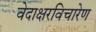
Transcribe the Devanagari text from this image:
वेदाक्षरविचारेण